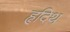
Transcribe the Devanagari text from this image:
हृदिथ